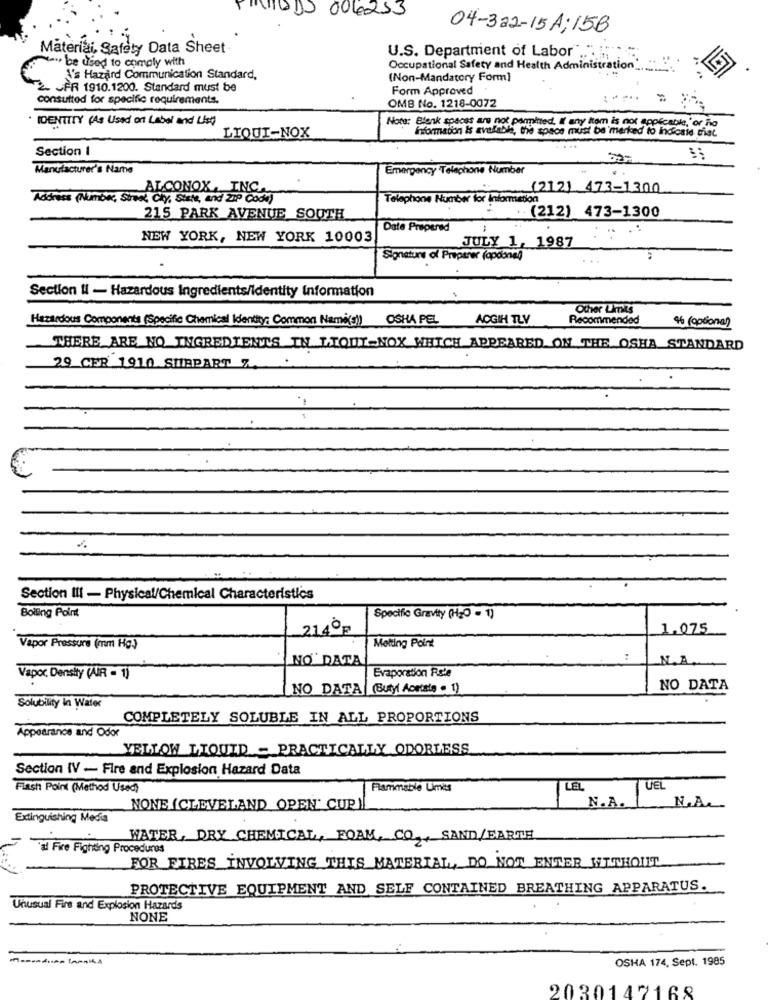
MODS 004253
04-322-15 A;158
Materiai, Safety Data Sheet
be used to comply with
U.S. Department of Labor".
Occupational Safety and Health Administration
N's Hazard Communication Standard,
(Non-Mandatory Form]
2- JFR 1910.1200. Standard must be
Form Approved
consulted for specific requirements.
OMB No. 1218-0072
: ** **.
. IDENTITY (As Used on Label and List)
Note: Blank spaces are not permitted, If any item is not applicable," or ho
LIQUI-NOX
Information is avalable, the space must be marked to indicate diat.
Section 1
...
Manufacturer's Name
Emergency Telephone Number
ALCONOX, INC
(212) 473-1300
Address (Number, Street, Cky, State, and ZIP Code)
Telephone Number for Information
.. (212) 473-1300
215 PARK AVENUE SOUTH
Date Prepared
NEW YORK, NEW YORK 10003
JULY 1, 1987
Signature of Preparer (apoone,
Section II - Hazardous Ingredients/Identity Information
Other Limits
Hazardous Components (Specific Chemical Identity: Common Nami(s) OSHA PEL
ACGIH TLV
Recommended
46 ( gosiona)
THERE ARE NO INGREDIENTS IN LTOUT-NOX WHICH APPEARED ON THE OSHA STANDARD
29 CER 1910 SURPART 7.
Section Ill - Physical/Chemical Characteristics
Boiling Point
Specific Gravity (H2O - 1)
214OF
1,075
Vapor Pressure (mm Hg)
Melting Point
NO ' DATA
N.A.
Vapor. Density (AR - 1)
Evaporation Rste
NO DATA (Butyl Acetate . 1)
NO DATA
Solubility In Water
COMPLETELY SOLUBLE IN ALL PROPORTIONS
Appearance and Odor
YELLOW LIQUID - PRACTICALLY ODORLESS
Section IV - Fire and Explosion Hazard Data
Flash Point (Method Used )
Flammable Umits
LEL
UEL
N.A.
NONE (CLEVELAND OPEN' CUP)
N.A.
Extinguishing Media
WATER, DRY CHEMICAL, FOAM, CO ,, SAND/EARTH
"al Fire Fighting Procedures
FOR FIRES INVOLVING THIS MATERIAL, DO NOT ENTER WITHOUT
PROTECTIVE EQUIPMENT AND SELF CONTAINED BREATHING APPARATUS.
Unusual Fire and Explosion Hazards
NONE
OSHA 174, Sept. 1985
2030142168